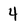
Character: 4